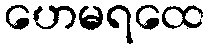
ဟေမရထေ